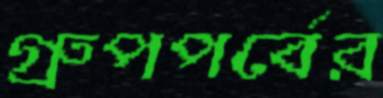
গ্রুপপর্বের